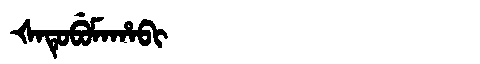
Manchu: ᡧᠠᡨᡠᠪᡠᠮᠠᡥᠠᠪᡳ
Romanization: ŠATUBUMAHABI